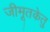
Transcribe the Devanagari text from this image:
जीमूतकेतु